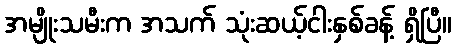
အမျိုးသမီးက အသက် သုံးဆယ့်ငါးနှစ်ခန့် ရှိပြီ။